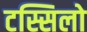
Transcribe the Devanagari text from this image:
टस्सिलो